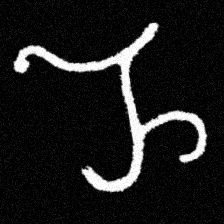
Pyu character \u2014 Myanmar letter: ည (romanized: nya)